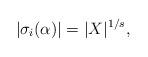
LaTeX: \begin{align*}|\sigma_i(\alpha)|=|X|^{1/s}, \end{align*}